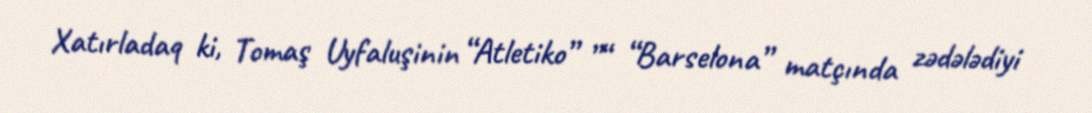
Xatırladaq ki, Tomaş Uyfaluşinin “Atletiko” ”“ “Barselona” matçında zədələdiyi